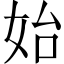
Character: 始